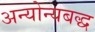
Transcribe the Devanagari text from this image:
अन्योन्यबद्ध